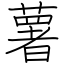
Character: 薯